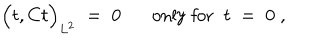
LaTeX: \Big ( t , C t \Big ) _ { L ^ { 2 } } \; = \; 0 \mathrm { o n l y ~ f o r } \; \; t \; = \; 0 \; ,